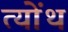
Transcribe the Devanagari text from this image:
त्योंथ